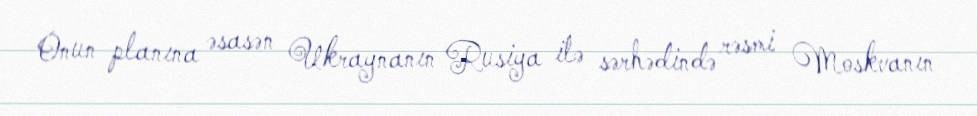
Onun planına əsasən Ukraynanın Rusiya ilə sərhədində rəsmi Moskvanın